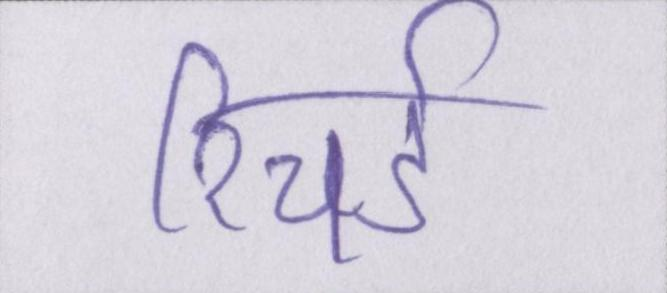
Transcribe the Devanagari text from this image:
रिचर्ड